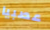
عصبيا